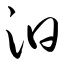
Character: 汩